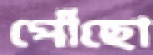
পৌঁছো